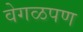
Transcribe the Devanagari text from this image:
वेगळपण